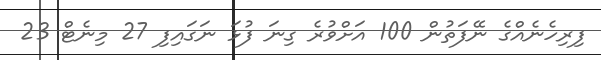
ފިރިހެނެއްގެ ނޭފަތުން 100 އަށްވުރެ ގިނަ ފުޅަ ނަގައިފި 27 މިނެޓް 23